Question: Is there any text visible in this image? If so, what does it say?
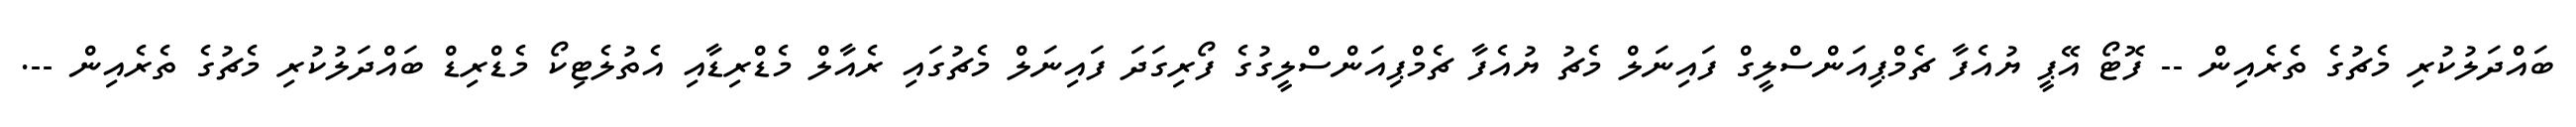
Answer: ބައްދަލުކުރި މެޗުގެ ތެރެއިން -- ފޮޓޯ އޭޕީ ޔުއެފާ ޗެމްޕިއަންސްލީގް ފައިނަލް މެޗު ޔުއެފާ ޗެމްޕިއަންސްލީގުގެ ފޯރިގަދަ ފައިނަލް މެޗުގައި ރެއާލް މެޑްރިޑާއި އެތުލެޓިކޯ މެޑްރިޑް ބައްދަލުކުރި މެޗުގެ ތެރެއިން --.